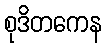
စုဒိတကေန